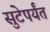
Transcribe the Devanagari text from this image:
सुटेपर्यंत